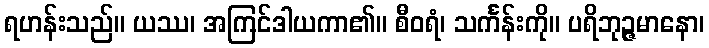
ရဟန်းသည်။ ယဿ၊ အကြင်ဒါယကာ၏။ စီဝရံ၊ သင်္ကန်းကို။ ပရိဘုဉ္ဇမာနော၊